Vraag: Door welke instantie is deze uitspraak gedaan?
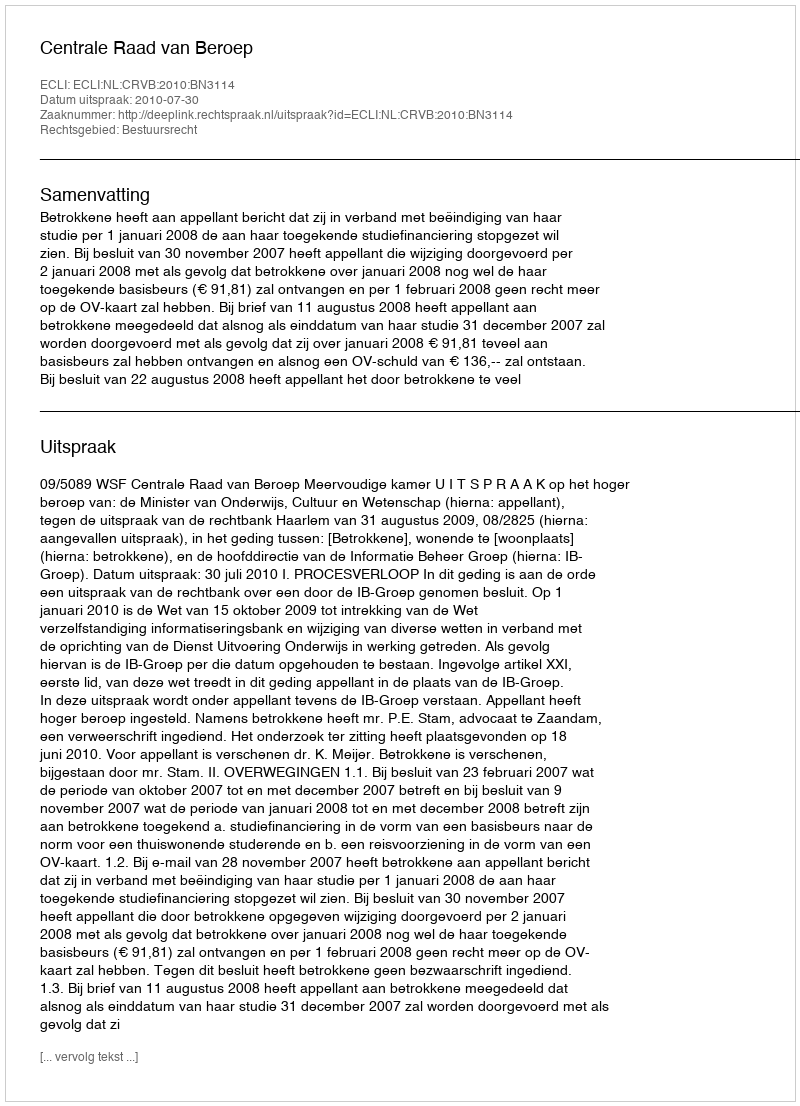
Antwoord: Centrale Raad van Beroep